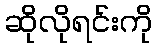
ဆိုလိုရင်းကို